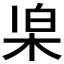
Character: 𣑞